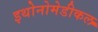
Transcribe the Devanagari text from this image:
इथोनोमेडीकल